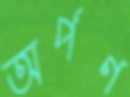
অর্পণ